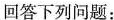
回答下列问题：